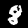
Label: 8